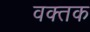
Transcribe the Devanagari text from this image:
वक्तक